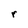
Character: r